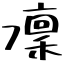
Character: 凜